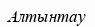
Алтынтау